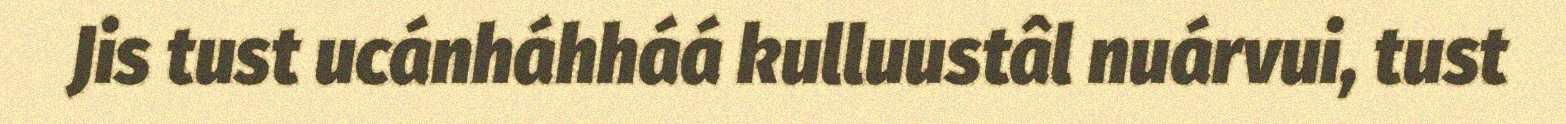
Jis tust ucánháhháá kulluustâl nuárvui, tust